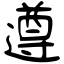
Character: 遵